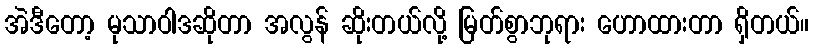
အဲဒီတော့ မုသာဝါဒဆိုတာ အလွန် ဆိုးတယ်လို့ မြတ်စွာဘုရား ဟောထားတာ ရှိတယ်။